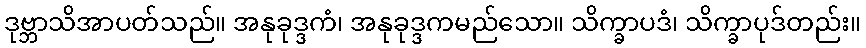
ဒုဗ္ဘာသိအာပတ်သည်။ အနုခုဒ္ဒကံ၊ အနုခုဒ္ဒကမည်သော။ သိက္ခာပဒံ၊ သိက္ခာပုဒ်တည်း။